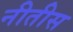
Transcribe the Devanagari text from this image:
नीतीस